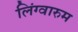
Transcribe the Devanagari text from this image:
लिंग्वारुम